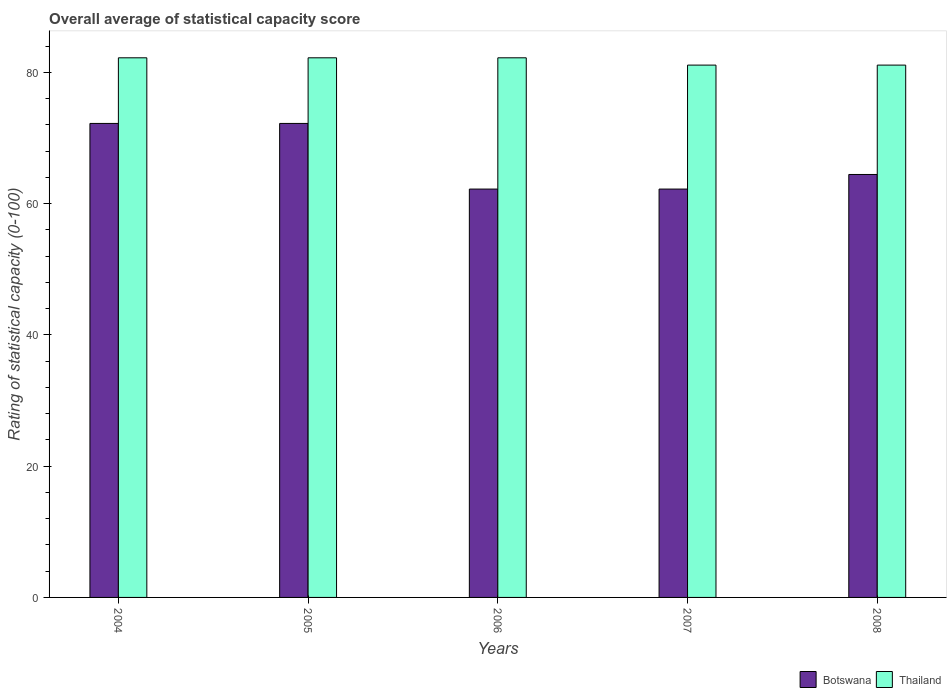
| Years | Botswana | Thailand |
 | --- | --- | --- |
 | 2004 | 72.2 | 82.2 |
 | 2005 | 72.2 | 82.2 |
 | 2006 | 62.2 | 82.2 |
 | 2007 | 62.2 | 81.1 |
 | 2008 | 64.4 | 81.1 |